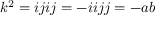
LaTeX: k ^ { 2 } = i j i j = - i i j j = - a b